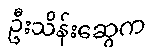
ဦးသိန်းဆွေက